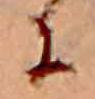
に